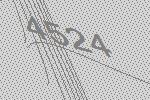
4524